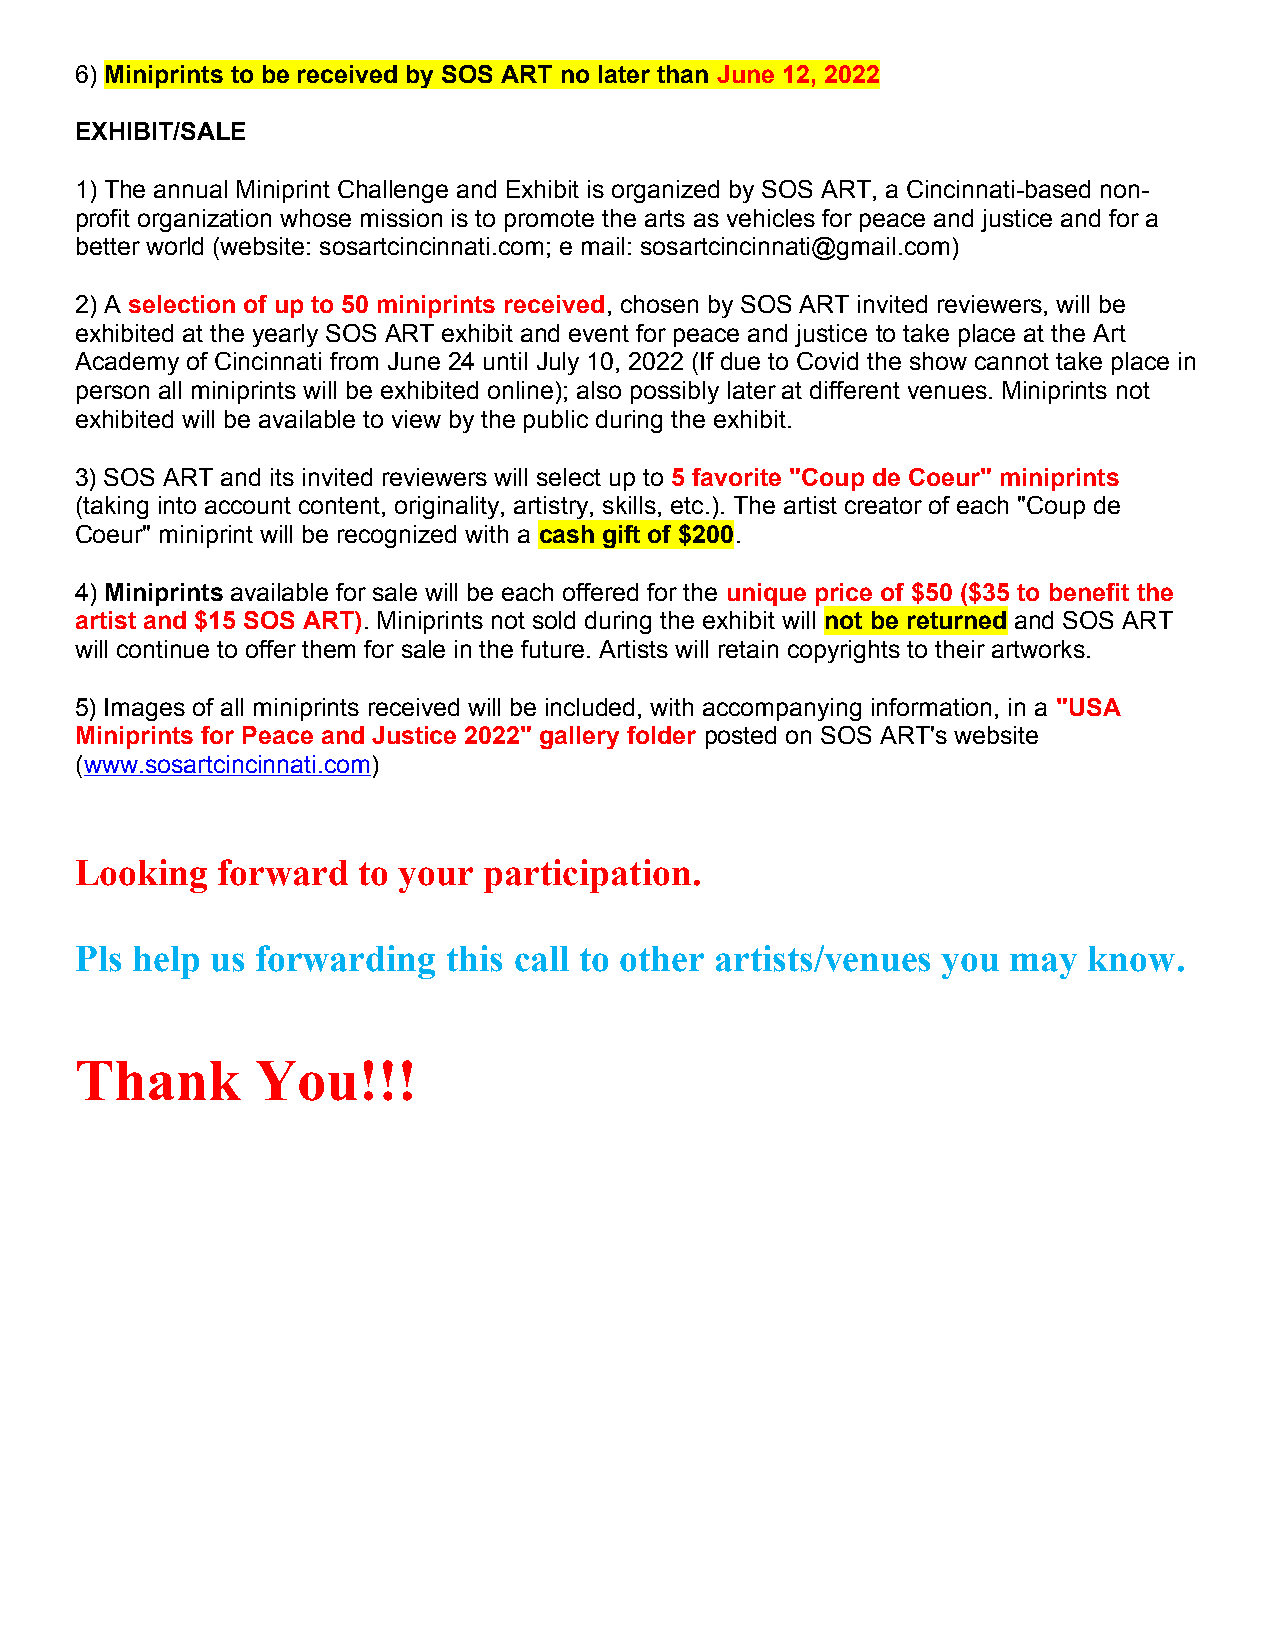
6) Miniprints to be received by SOS ART no later than June 12, 2022
 EXHIBIT/SALE
 1) The annual Miniprint Challenge and Exhibit is organized by SOS ART, a Cincinnati-based non-
 profit organization whose mission is to promote the arts as vehicles for peace and justice and for a
 better world (website: sosartcincinnati.com; e mail: sosartcincinnati@gmail.com)
 2) A selection of up to 50 miniprints received, chosen by SOS ART invited reviewers, will be
 exhibited at the yearly SOS ART exhibit and event for peace and justice to take place at the Art
 Academy of Cincinnati from June 24 until July 10, 2022 (If due to Covid the show cannot take place in
 person all miniprints will be exhibited online); also possibly later at different venues. Miniprints not
 exhibited will be available to view by the public during the exhibit.
 3) SOS ART and its invited reviewers will select up to 5 favorite "Coup de Coeur" miniprints
 (taking into account content, originality, artistry, skills, etc.). The artist creator of each "Coup de
 Coeur" miniprint will be recognized with a cash gift of $200.
 4) Miniprints available for sale will be each offered for the unique price of $50 ($35 to benefit the
 artist and $15 SOS ART). Miniprints not sold during the exhibit will not be returned and SOS ART
 will continue to offer them for sale in the future. Artists will retain copyrights to their artworks.
 5) Images of all miniprints received will be included, with accompanying information, in a "USA
 Miniprints for Peace and Justice 2022" gallery folder posted on SOS ART's website
 (www.sosartcincinnati.com)
 Looking  forward   to your participation.
 Pls help us forwarding   this call to other artists/venues you may know.
 Thank       You!!!